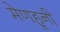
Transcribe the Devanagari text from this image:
मेणहूनी